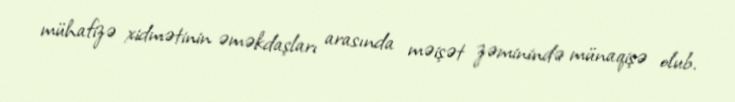
mühafizə xidmətinin əməkdaşları arasında məişət zəminində münaqişə olub.